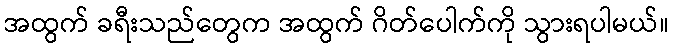
အထွက် ခရီးသည်တွေက အထွက် ဂိတ်ပေါက်ကို သွားရပါမယ်။